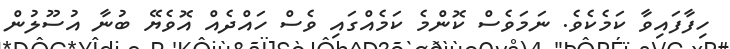
ހިފާފައިވާ ކަމެކެވެ. ނަމަވެސް ކޮންމެ ކަމެއްގައި ވެސް ހައްދެއް އޮވެޔޭ ބުނާ އުސޫލުން